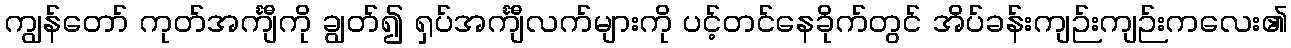
ကျွန်တော် ကုတ်အင်္ကျီကို ချွတ်၍ ရှပ်အင်္ကျီလက်များကို ပင့်တင်နေခိုက်တွင် အိပ်ခန်းကျဉ်းကျဉ်းကလေး၏